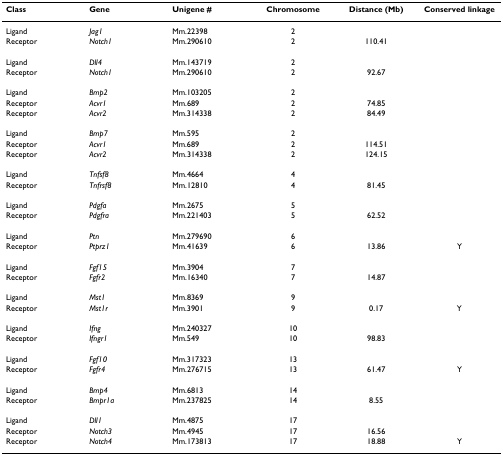
<table><thead><tr><td><b>Class</b></td><td><b>Gene</b></td><td><b>Unigene #</b></td><td><b>Chromosome</b></td><td><b>Distance (Mb)</b></td><td><b>Conserved linkage</b></td></tr></thead><tbody><tr><td>Ligand</td><td><i>Jag1</i></td><td>Mm.22398</td><td>2</td><td></td><td></td></tr><tr><td>Receptor</td><td><i>Notch1</i></td><td>Mm.290610</td><td>2</td><td>110.41</td><td></td></tr><tr><td>Ligand</td><td><i>Dll4</i></td><td>Mm.143719</td><td>2</td><td></td><td></td></tr><tr><td>Receptor</td><td><i>Notch1</i></td><td>Mm.290610</td><td>2</td><td>92.67</td><td></td></tr><tr><td>Ligand</td><td><i>Bmp2</i></td><td>Mm.103205</td><td>2</td><td></td><td></td></tr><tr><td>Receptor</td><td><i>Acvr1</i></td><td>Mm.689</td><td>2</td><td>74.85</td><td></td></tr><tr><td>Receptor</td><td><i>Acvr2</i></td><td>Mm.314338</td><td>2</td><td>84.49</td><td></td></tr><tr><td>Ligand</td><td><i>Bmp7</i></td><td>Mm.595</td><td>2</td><td></td><td></td></tr><tr><td>Receptor</td><td><i>Acvr1</i></td><td>Mm.689</td><td>2</td><td>114.51</td><td></td></tr><tr><td>Receptor</td><td><i>Acvr2</i></td><td>Mm.314338</td><td>2</td><td>124.15</td><td></td></tr><tr><td>Ligand</td><td><i>Tnfsf8</i></td><td>Mm.4664</td><td>4</td><td></td><td></td></tr><tr><td>Receptor</td><td><i>Tnfrsf8</i></td><td>Mm.12810</td><td>4</td><td>81.45</td><td></td></tr><tr><td>Ligand</td><td><i>Pdgfa</i></td><td>Mm.2675</td><td>5</td><td></td><td></td></tr><tr><td>Receptor</td><td><i>Pdgfra</i></td><td>Mm.221403</td><td>5</td><td>62.52</td><td></td></tr><tr><td>Ligand</td><td><i>Ptn</i></td><td>Mm.279690</td><td>6</td><td></td><td></td></tr><tr><td>Receptor</td><td><i>Ptprz1</i></td><td>Mm.41639</td><td>6</td><td>13.86</td><td>Y</td></tr><tr><td>Ligand</td><td><i>Fgf15</i></td><td>Mm.3904</td><td>7</td><td></td><td></td></tr><tr><td>Receptor</td><td><i>Fgfr2</i></td><td>Mm.16340</td><td>7</td><td>14.87</td><td></td></tr><tr><td>Ligand</td><td><i>Mst1</i></td><td>Mm.8369</td><td>9</td><td></td><td></td></tr><tr><td>Receptor</td><td><i>Mst1r</i></td><td>Mm.3901</td><td>9</td><td>0.17</td><td>Y</td></tr><tr><td>Ligand</td><td><i>Ifng</i></td><td>Mm.240327</td><td>10</td><td></td><td></td></tr><tr><td>Receptor</td><td><i>Ifngr1</i></td><td>Mm.549</td><td>10</td><td>98.83</td><td></td></tr><tr><td>Ligand</td><td><i>Fgf10</i></td><td>Mm.317323</td><td>13</td><td></td><td></td></tr><tr><td>Receptor</td><td><i>Fgfr4</i></td><td>Mm.276715</td><td>13</td><td>61.47</td><td>Y</td></tr><tr><td>Ligand</td><td><i>Bmp4</i></td><td>Mm.6813</td><td>14</td><td></td><td></td></tr><tr><td>Receptor</td><td><i>Bmpr1a</i></td><td>Mm.237825</td><td>14</td><td>8.55</td><td></td></tr><tr><td>Ligand</td><td><i>Dll1</i></td><td>Mm.4875</td><td>17</td><td></td><td></td></tr><tr><td>Receptor</td><td><i>Notch3</i></td><td>Mm.4945</td><td>17</td><td>16.56</td><td></td></tr><tr><td>Receptor</td><td><i>Notch4</i></td><td>Mm.173813</td><td>17</td><td>18.88</td><td>Y</td></tr></tbody></table>